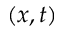
( x , t )